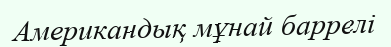
Американдық мұнай баррелі